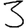
Digit: 3